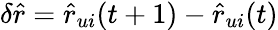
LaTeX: \delta\hat{r}=\hat{r}_{ui}(t+1)-\hat{r}_{ui}(t)